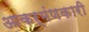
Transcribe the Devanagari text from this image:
आकर्मंणकारी